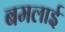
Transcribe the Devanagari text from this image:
बमलाई